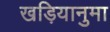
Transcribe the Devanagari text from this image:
खड़ियानुमा